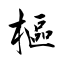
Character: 樞